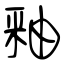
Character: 釉